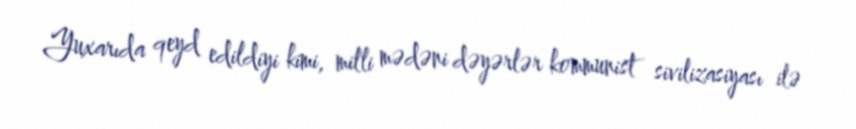
Yuxarıda qeyd edildiyi kimi, milli mədəni dəyərlər kommunist sivilizasiyası ilə